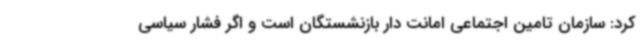
کرد: سازمان تامین اجتماعی امانت دار بازنشستگان است و اگر فشار سیاسی